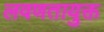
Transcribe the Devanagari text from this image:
लवणतायुक्त